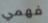
فهمي